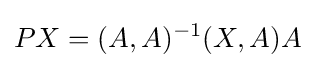
PX=(A,A)^{-1}(X,A)A